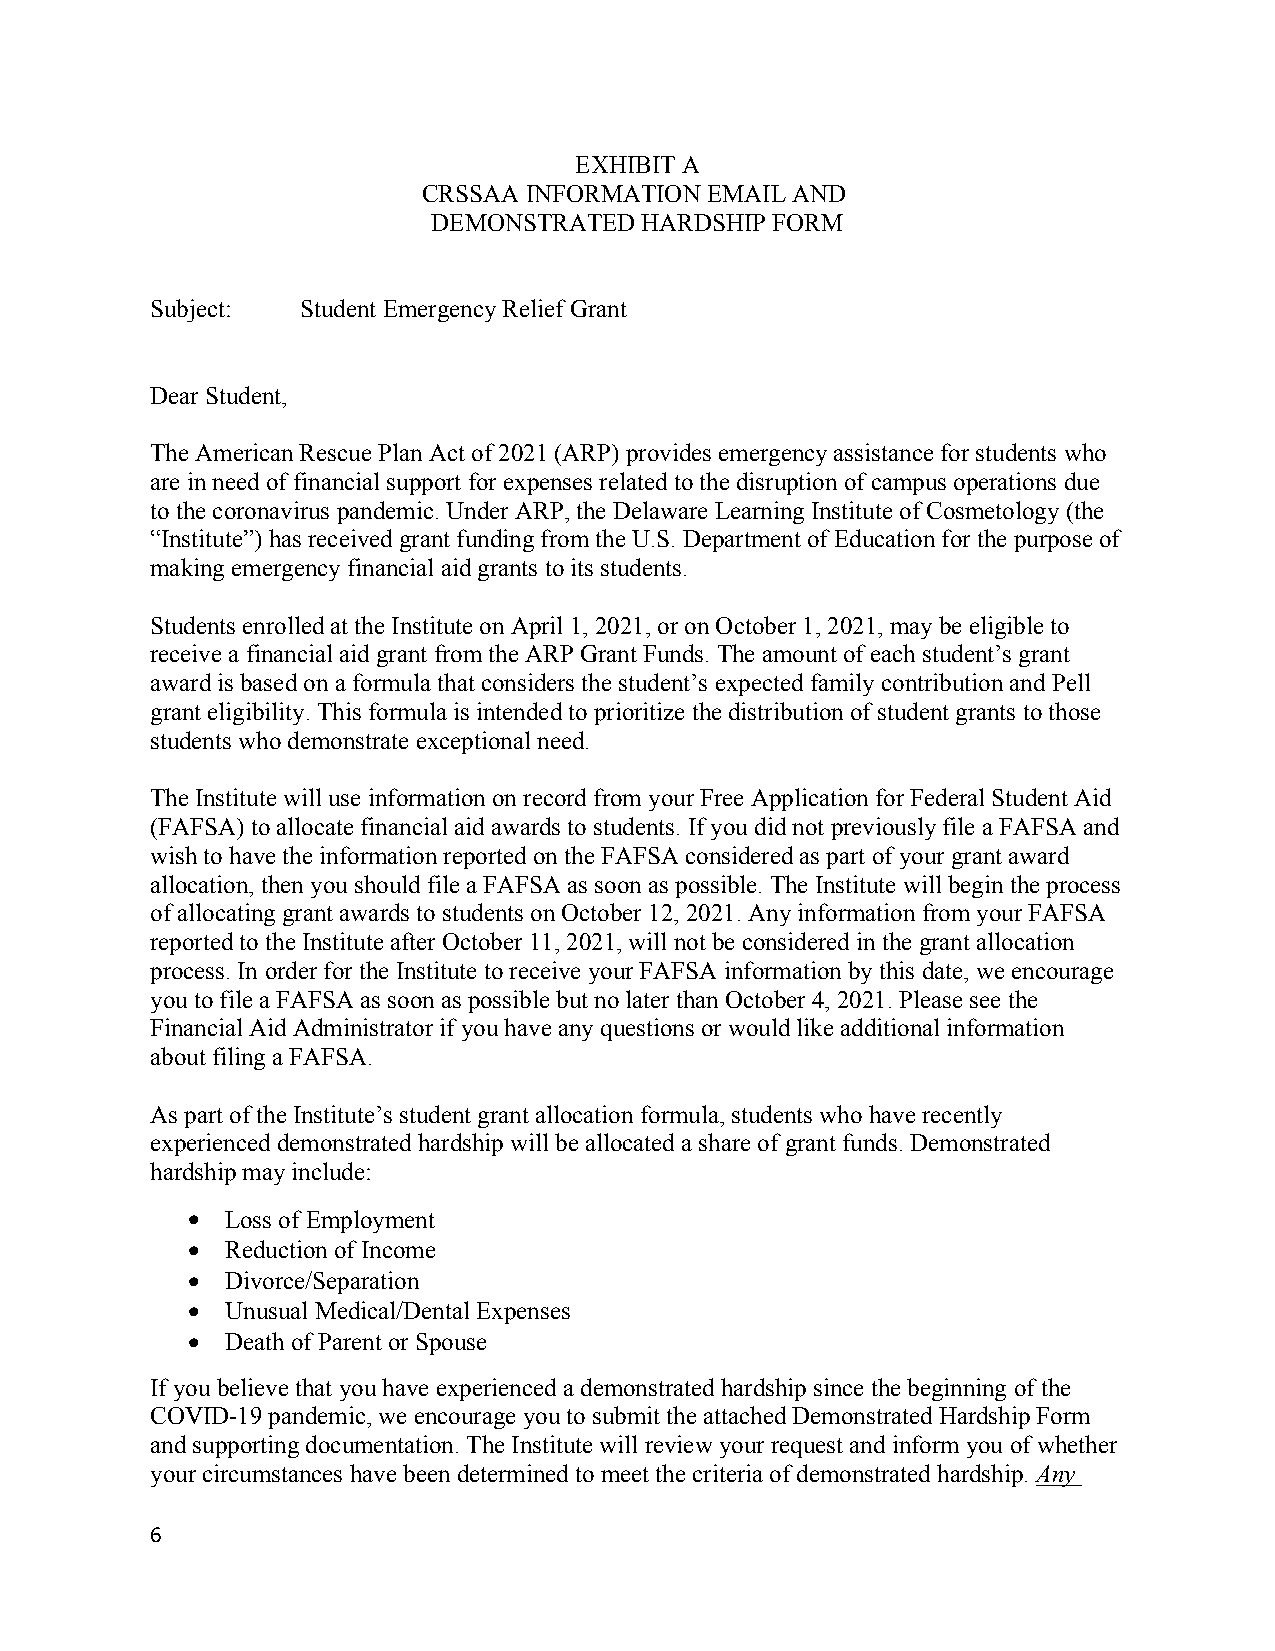
EXHIBIT A
 CRSSAA INFORMATION EMAIL AND
 DEMONSTRATED HARDSHIP FORM
 Subject:  Student Emergency Relief Grant
 Dear Student,
 The American Rescue Plan Act of 2021 (ARP) provides emergency assistance for students who
 are in need of financial support for expenses related to the disruption of campus operations due
 to the coronavirus pandemic. Under ARP, the Delaware Learning Institute of Cosmetology (the
 “Institute”) has received grant funding from the U.S. Department of Education for the purpose of
 making emergency financial aid grants to its students.
 Students enrolled at the Institute on April 1, 2021, or on October 1, 2021, may be eligible to
 receive a financial aid grant from the ARP Grant Funds. The amount of each student’s grant
 award is based on a formula that considers the student’s expected family contribution and Pell
 grant eligibility. This formula is intended to prioritize the distribution of student grants to those
 students who demonstrate exceptional need.
 The Institute will use information on record from your Free Application for Federal Student Aid
 (FAFSA) to allocate financial aid awards to students. If you did not previously file a FAFSA and
 wish to have the information reported on the FAFSA considered as part of your grant award
 allocation, then you should file a FAFSA as soon as possible. The Institute will begin the process
 of allocating grant awards to students on October 12, 2021. Any information from your FAFSA
 reported to the Institute after October 11, 2021, will not be considered in the grant allocation
 process. In order for the Institute to receive your FAFSA information by this date, we encourage
 you to file a FAFSA as soon as possible but no later than October 4, 2021. Please see the
 Financial Aid Administrator if you have any questions or would like additional information
 about filing a FAFSA.
 As part of the Institute’s student grant allocation formula, students who have recently
 experienced demonstrated hardship will be allocated a share of grant funds. Demonstrated
 hardship may include:
   Loss of Employment
   Reduction of Income
   Divorce/Separation
   Unusual Medical/Dental Expenses
   Death of Parent or Spouse
 If you believe that you have experienced a demonstrated hardship since the beginning of the
 COVID-19 pandemic, we encourage you to submit the attached Demonstrated Hardship Form
 and supporting documentation. The Institute will review your request and inform you of whether
 your circumstances have been determined to meet the criteria of demonstrated hardship. Any
 6